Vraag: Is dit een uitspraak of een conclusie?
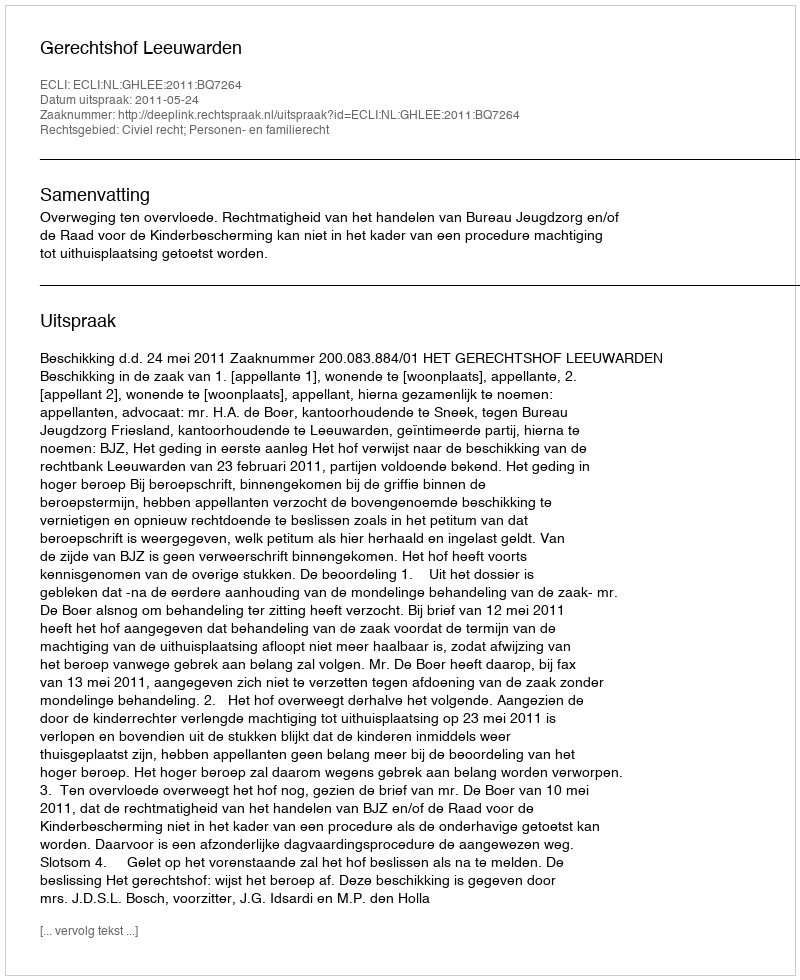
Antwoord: Uitspraak